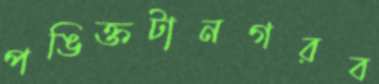
পঙিক্তটানগরব